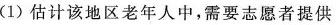
(1)估计该地区老年人中，需要志愿者提供